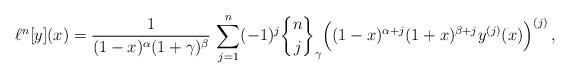
LaTeX: \begin{align*} \ell^n [y] (x) = \frac{1}{(1-x)^\alpha (1+\gamma)^\beta} \, \sum_{j=1}^n (-1)^j {n\brace j}_\gamma\Big( (1-x)^{\alpha+j} (1+x)^{\beta+j} y^{(j)} (x)\Big)^{(j)}\, ,\end{align*}